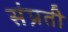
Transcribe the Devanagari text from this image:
संप्रती